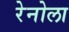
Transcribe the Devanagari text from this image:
रेनोला